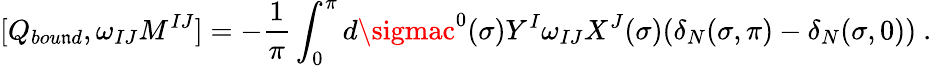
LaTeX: [Q_{bou\mathfrak{n}d},\omega_{IJ}M^{IJ}]=-\frac{{1}}{{\pi}}\int_{0}^{\pi}d\sigmac^{0}(\sigma)Y^{I}\omega_{IJ}X^{J}(\sigma)(\delta_{N}(\sigma,\pi)-\delta_{N}(\sigma,0))\ .